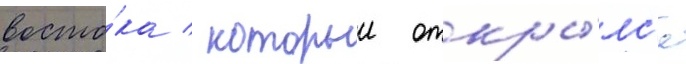
восто́ка / которыи откры́лс'я